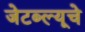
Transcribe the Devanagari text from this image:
जेटब्ल्यूचे